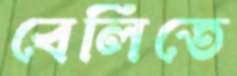
বেলিতে